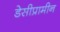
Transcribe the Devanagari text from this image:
डेसीप्रामीन